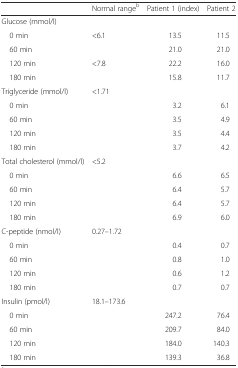
|  | Normal rangeb | Patient 1 (index) | Patient 2 |
 | --- | --- | --- | --- |
 | <COLSPAN=4> Glucose (mmol/l) |
 | 0 min | <6.1 | 13.5 | 11.5 |
 | 60 min |  | 21.0 | 21.0 |
 | 120 min | <7.8 | 22.2 | 16.0 |
 | 180 min |  | 15.8 | 11.7 |
 | Triglyceride (mmol/l) | <1.71 |  |  |
 | 0 min |  | 3.2 | 6.1 |
 | 60 min |  | 3.5 | 4.9 |
 | 120 min |  | 3.5 | 4.4 |
 | 180 min |  | 3.7 | 4.2 |
 | Total cholesterol (mmol/l) | <5.2 |  |  |
 | 0 min |  | 6.6 | 6.5 |
 | 60 min |  | 6.4 | 5.7 |
 | 120 min |  | 6.4 | 5.7 |
 | 180 min |  | 6.9 | 6.0 |
 | C-peptide (nmol/l) | 0.27–1.72 |  |  |
 | 0 min |  | 0.4 | 0.7 |
 | 60 min |  | 0.8 | 1.0 |
 | 120 min |  | 0.6 | 1.2 |
 | 180 min |  | 0.7 | 0.7 |
 | Insulin (pmol/l) | 18.1–173.6 |  |  |
 | 0 min |  | 247.2 | 76.4 |
 | 60 min |  | 209.7 | 84.0 |
 | 120 min |  | 184.0 | 140.3 |
 | 180 min |  | 139.3 | 36.8 |